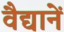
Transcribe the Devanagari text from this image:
वैद्यानें